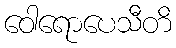
ဝေါရောပေသီတိ